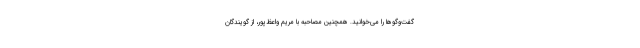
گفت‌وگوها را می‌خوانید. همچنین مصاحبه با مریم واعظ‌پور، از گویندگان